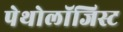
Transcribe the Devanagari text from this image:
पेथोलॉजिस्ट